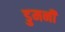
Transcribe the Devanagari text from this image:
डुमनी